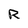
Character: R